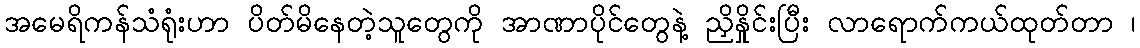
အမေရိကန်သံရုံးဟာ ပိတ်မိနေတဲ့သူတွေကို အာဏာပိုင်တွေနဲ့ ညှိနှိုင်းပြီး လာရောက်ကယ်ထုတ်တာ ၊